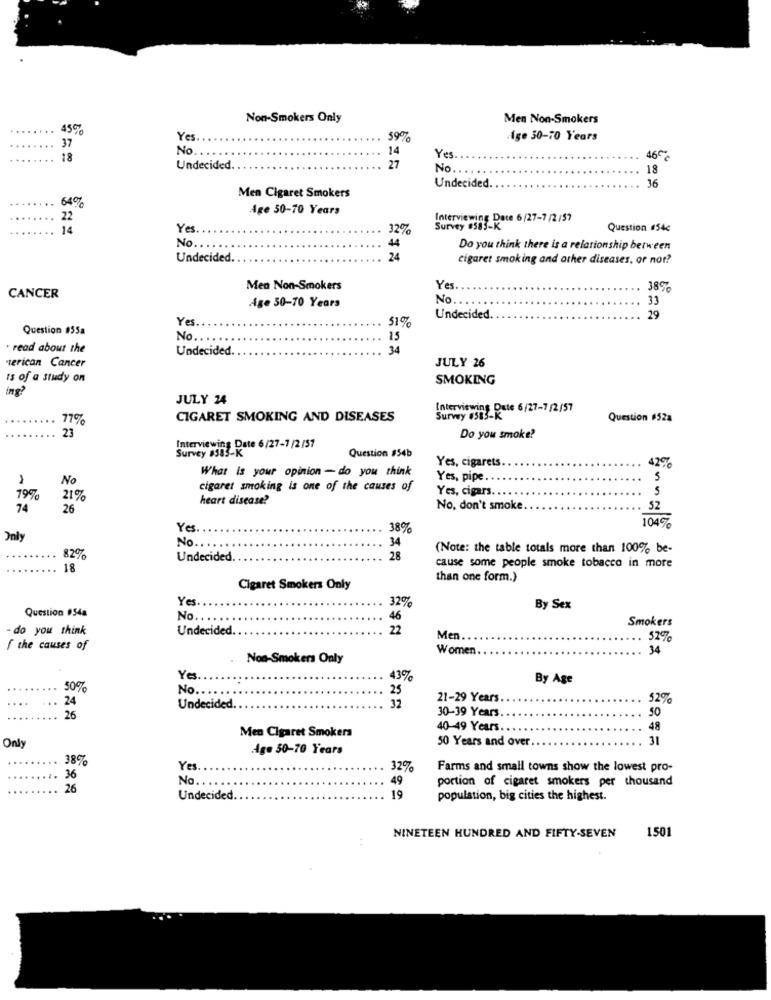
Non-Smokers Only
Men Non-Smokers
45%
37
Yes
59%
Age 50-70 Years
No
14
18
Yes.
Undecided.
27
No ...
18
Undecided.
36
64%
Men Cigaret Smokers
Age 30-70 Years
22
Interviewing Date 6/27-7 /2 /57
14
Yes
32%
Survey #583-K
Question #54c
No.
44
Do you think there is a relationship between
Undecided.
24
cigaret smoking and other diseases, or not?
Mea Non-Smokers
Ye
38%
CANCER
Age 50-70 Years
No
33
Yes.
51%
Undecided.
29
Question #55a
No ....
15
. read about the
Undecided.
34
erican Cancer
JULY 26
ts of a study on
SMOKING
ing?
JULY 24
Survey ing_Date 6/27-7 /2/57
77%
CIGARET SMOKING AND DISEASES
Question #52a
23
Do you smoke?
Interviewing Date 6/27-7 /2/57
Survey #583-K
Question #54b
42%
What is your opinion - do you think
Yes, cigarets
No
Yes, pipe ..
5
cigaret smoking is one of the causes of
Yes, cigars.
5
19%
21%
heart disease?
74
26
No, don't smoke.
52
1049-
Yes
38%
Only
34
No .. .. ..
(Note: the table totals more than 100% be-
82%
Undecided.
28
18
cause some people smoke tobacco in more
than one form.)
Cigaret Smokers Only
Yes
32%
Question #54a
By Sex
No
46
Smokers
- do you think
Undecided.
22
Men ...
52%
f the causes of
Women
34
Non-Smokers Only
Ye
43%
By Age
50%
No.
25
24
32
21-29 Years.
52%
Undecided.
30-39 Years
50
26
Men Cigaret Smokers
40-49 Years.
48
50 Years and over ..
31
Only
Age 50-70 Years
38%
Yes
32%
Farms and small towns show the lowest pro-
36
No ..
49
portion of cigaret smokers per thousand
26
Undecided
19
population, big cities the highest.
1501
NINETEEN HUNDRED AND FIFTY-SEVEN